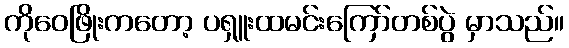
ကိုဝေဖြိုးကတော့ ပရှူးထမင်းကြော်တစ်ပွဲ မှာသည်။